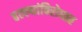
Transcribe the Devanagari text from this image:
हल्ल्यांविरोधात